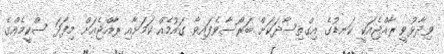
ވިދާޅުވީ ރާއްޖެއަކީ ކަނޑުގެ އިގްތިސާދަކަށް ބަރޯސާވެފައިވާ ގައުމެއް ކަމަށާއި ރާއްޖެއަށް މިފަދަ ސްކީމެއްގެ